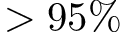
> 9 5 \%